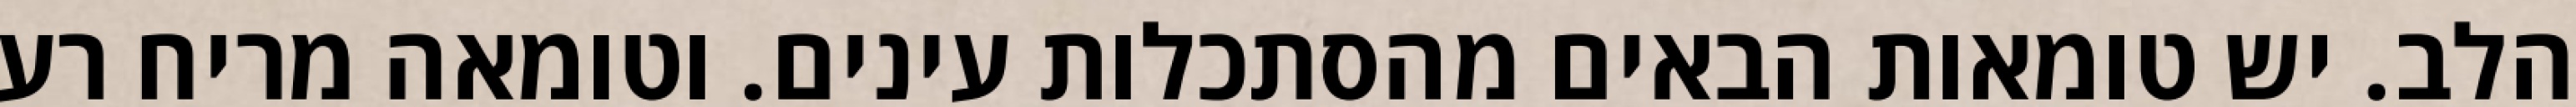
הלב. יש טומאות הבאים מהסתכלות עינים. וטומאה מריח רע